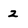
Character: 2